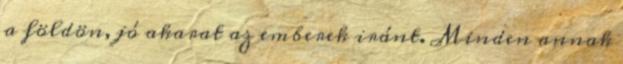
a földön, jó akarat az emberek iránt. Minden annak